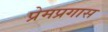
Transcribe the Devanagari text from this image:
प्रेमप्रगास